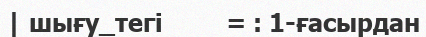
| шығу_тегі         = : 1-ғасырдан